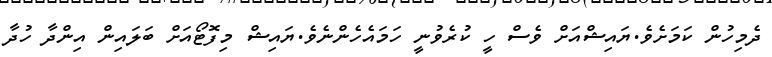
ދެމިހުން ކަމަށެވެ.ޔައިޝްއަށް ވެސް ހީ ކުރެވުނީ ހަމައެހެންނެވެ.ޔައިޝް މިފޮޓޯއަށް ބަލައިން އިންދާ ހުދާ